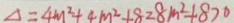
\Delta = 4 m ^ { 2 } + 4 m ^ { 2 } + 8 2 8 m ^ { 2 } + 8 > 0